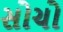
સોચો